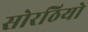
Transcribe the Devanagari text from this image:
सोरठियो